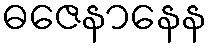
ဓဇေနာနေန